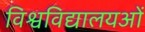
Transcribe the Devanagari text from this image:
विश्वविद्यालयओं